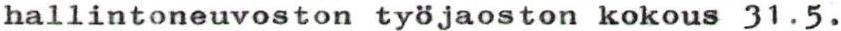
hallintoneuvoston työjaoston kokous 31.5.